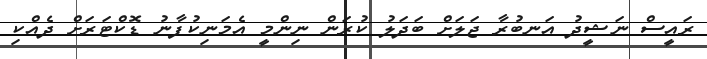
ރައީސް ނަޝީދު އަނބުރާ ޖަލަށް ބަދަލު ކުރަން ނިންމީ އެމަނިކުފާނު ޑޮކްޓަރަށް ދެއްކި